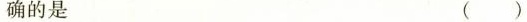
确的是 ( )